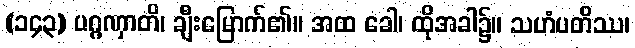
(၁၄၃) ပဂ္ဂဏှာတိ၊ ချီးမြောက်၏။ အထ ခေါ၊ ထိုအခါ၌။ သဟံပတိဿ၊